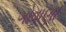
ગોવાણા